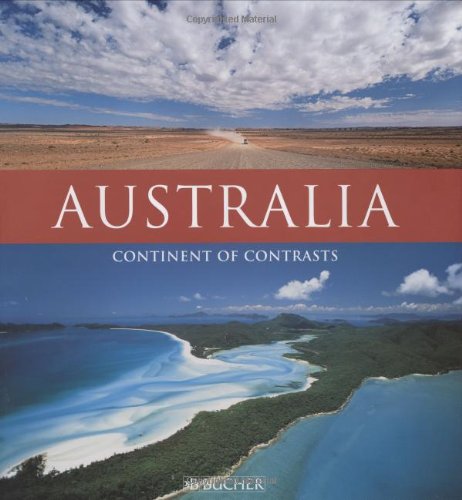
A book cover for Australia: Continent of Contrasts; Travel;